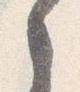
之